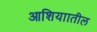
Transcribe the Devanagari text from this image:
आशियाातील